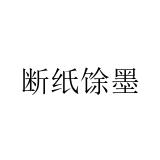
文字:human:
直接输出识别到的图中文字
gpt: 断纸馀墨